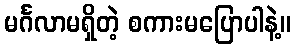
မင်္ဂလာမရှိတဲ့ စကားမပြောပါနဲ့။